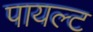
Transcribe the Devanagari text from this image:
पायल्ट